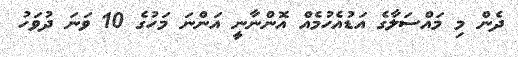
ދެން މި މައްސަލާގެ އަޑުއެހުމެއް އޮންނާނީ އަންނަ މަހުގެ 10 ވަނަ ދުވަހު